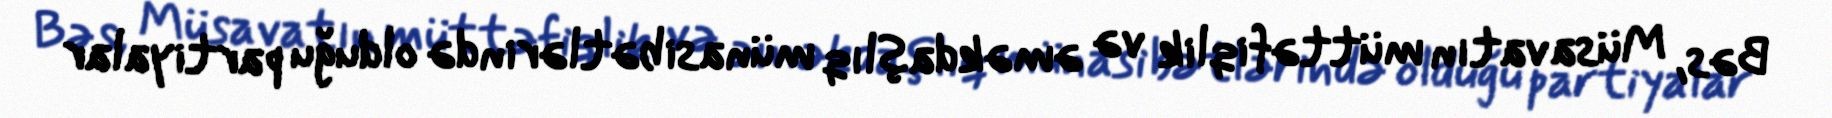
Bəs, Müsavatın müttəfiqlik və əməkdaşlıq münasibətlərində olduğu partiyalar